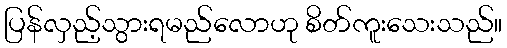
ပြန်လှည့်သွားရမည်လောဟု စိတ်ကူးသေးသည်။